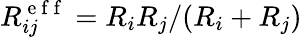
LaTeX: R_{ij}^{\mathrm{~e~f~f~}}=R_{i}R_{j}/(R_{i}+R_{j})